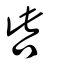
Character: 呰